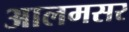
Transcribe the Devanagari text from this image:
आलमसर